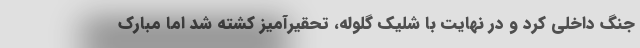
جنگ داخلی کرد و در نهایت با شلیک گلوله، تحقیرآمیز کشته شد اما مبارک